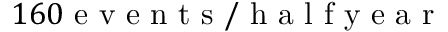
1 6 0 \mathrm { ~ e ~ v ~ e ~ n ~ t ~ s ~ / ~ h ~ a ~ l ~ f ~ y ~ e ~ a ~ r ~ }